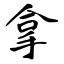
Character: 拿